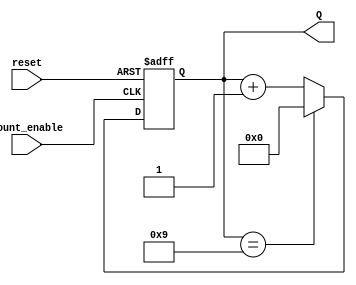
module BCD_Asynchronous_Counter (
    input wire count_enable,  // Trigger input to initiate counting
    input wire reset,         // Reset signal (active high)
    output reg [3:0] Q        // 4-bit output for the current count
);

    // Asynchronous counter logic
    always @(posedge count_enable or posedge reset) begin
        if (reset) begin
            Q <= 4'b0000;  // Reset the counter to 0
        end else begin
            if (Q == 4'b1001) begin
                Q <= 4'b0000;  // Reset to 0 after reaching 9
            end else begin
                Q <= Q + 1;    // Increment the count
            end
        end
    end

endmodule